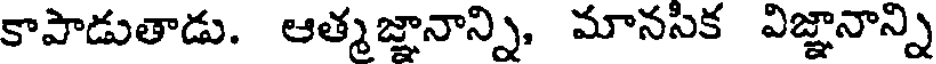
కాపాడుతాడు. ఆత్మజ్ఞానాన్ని, మానసిక విజ్ఞానాన్ని